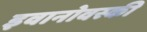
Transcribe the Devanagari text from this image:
इवानोवस्की